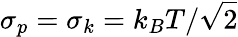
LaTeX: \sigma_{p}=\sigma_{k}=k_{B}T/\sqrt{2}